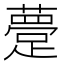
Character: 䠢